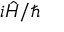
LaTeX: i { \hat { H } } / \hbar